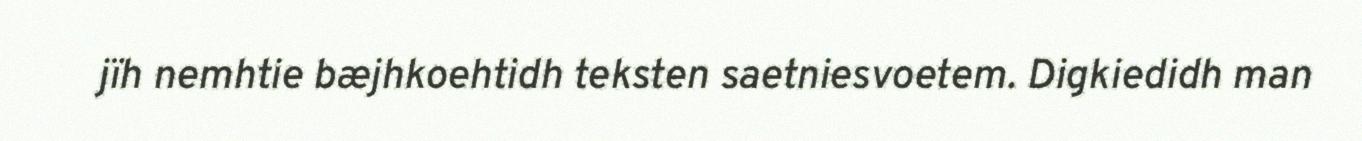
jïh nemhtie bæjhkoehtidh teksten saetniesvoetem. Digkiedidh man